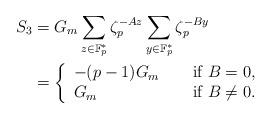
LaTeX: \begin{align*}S_3& = G_m \sum_{z\in \mathbb{F}_p^*} \zeta_p^{-Az}\sum_{y\in \mathbb{F}_p^*}\zeta_p^{ -By} \\&= \left\{\begin{array}{lll}-(p-1) G_m & &\textup{ if } B=0,\\G_m & &\textup{ if } B \neq 0 .\end{array} \right.\end{align*}